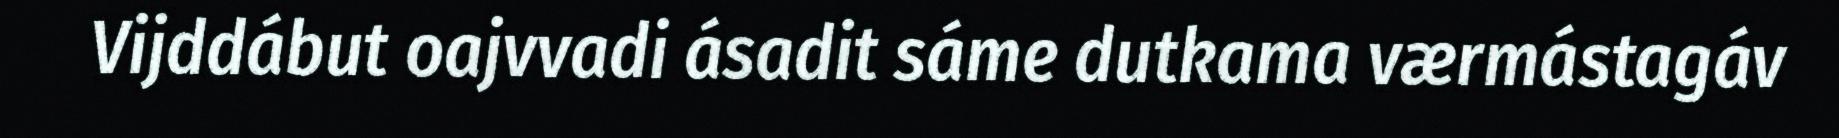
Vijddábut oajvvadi ásadit sáme dutkama værmástagáv